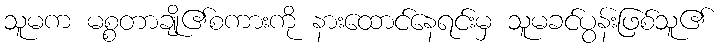
သူမက မစ္စတာချို၏စကားကို နားထောင်နေရင်းမှ သူမခင်ပွန်းဖြစ်သူ၏